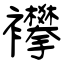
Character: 襻